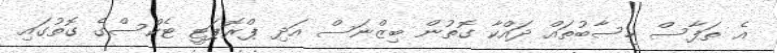
އެ ތަފާސް ހިސާބުތައް ދައްކާ ގޮތުން ބިޒްނަސް އަދި ޕްރޮޕަޓީ ޓެކްސްގެ ގޮތުގައި